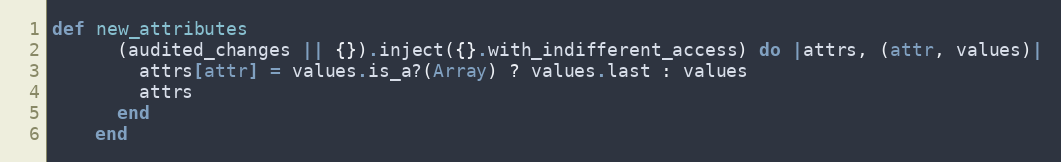
Language: Ruby
def new_attributes
      (audited_changes || {}).inject({}.with_indifferent_access) do |attrs, (attr, values)|
        attrs[attr] = values.is_a?(Array) ? values.last : values
        attrs
      end
    end